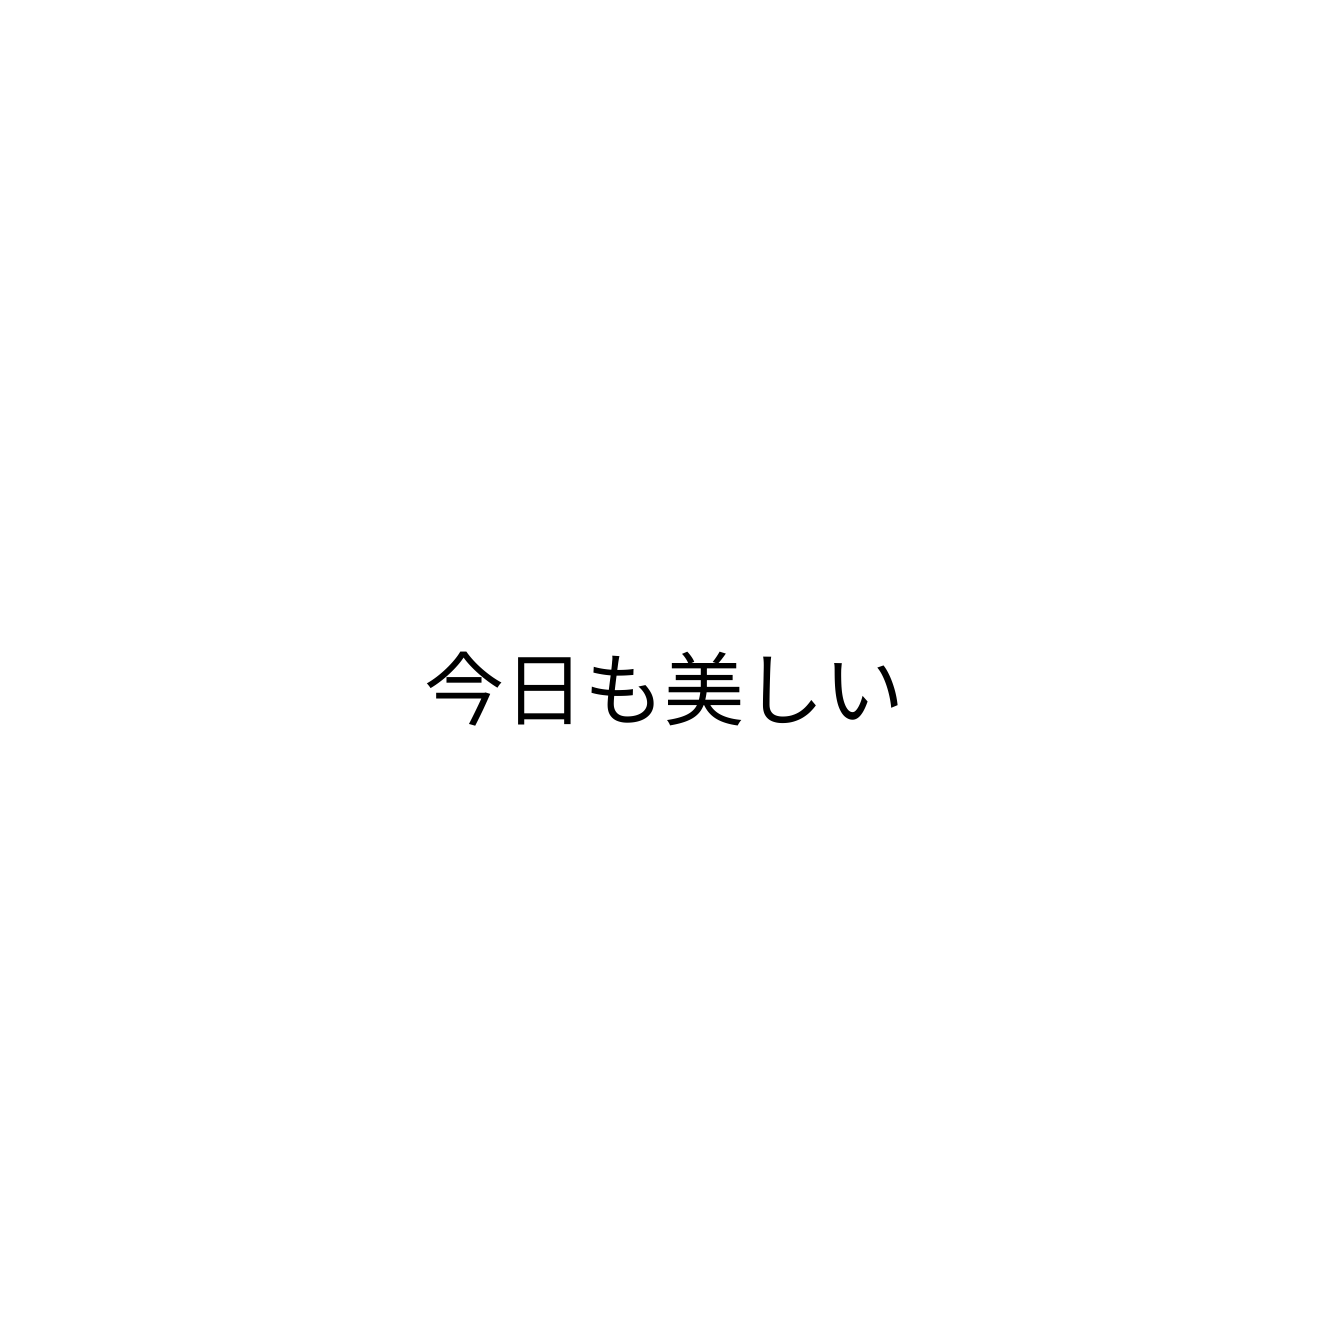
今日も美しい